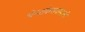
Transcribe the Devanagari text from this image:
चेन्‍नाकेसवस्‍वामी